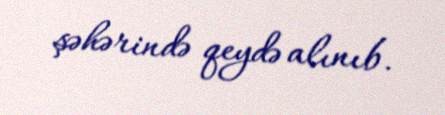
şəhərində qeydə alınıb.